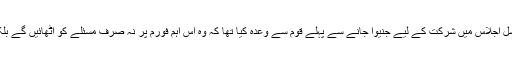
پاکستان کے وزیر خارجہ شاہ محمود قریشی نے کونسل اجلاس میں شرکت کے لیے جنیوا جانے سے پہلے قوم سے وعدہ کیا تھا کہ وہ اس اہم فورم پر نہ صرف مسئلے کو اٹھائیں گے بلکہ 'کشمیر قرار داد' پیش کر کے منظور کروائیں گے۔